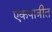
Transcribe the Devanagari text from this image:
एकपात्रीत